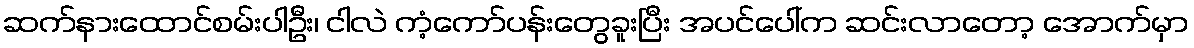
ဆက်နားထောင်စမ်းပါဦး၊ ငါလဲ ကံ့ကော်ပန်းတွေခူးပြီး အပင်ပေါ်က ဆင်းလာတော့ အောက်မှာ